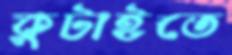
কুটাইতে